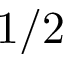
1 / 2